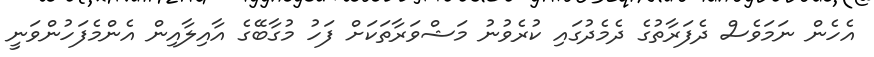
އެހެން ނަމަވެސް ދެފަރާތުގެ ދެމެދުގައި ކުރެވުނު މަޝްވަރާތަކަށް ފަހު މުގާބޭގެ އާއިލާއިން އެންމެފަހުންވަނީ